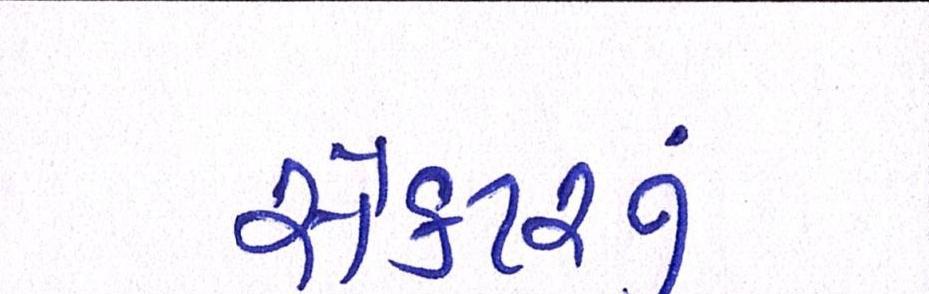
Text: સેક્ટરનું